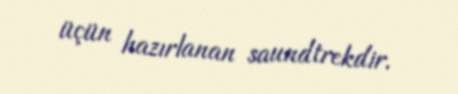
üçün hazırlanan saundtrekdir.